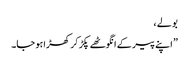
بولے ،
” اپنے پیر کے انگوٹھے پکڑ کر کھڑا ہو جا۔